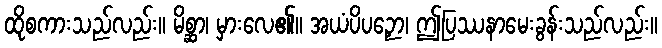
ထိုစကားသည်လည်း။ မိစ္ဆာ၊ မှားလေ၏။ အယံပိပဉှော၊ ဤပြဿနာမေးခွန်းသည်လည်း။